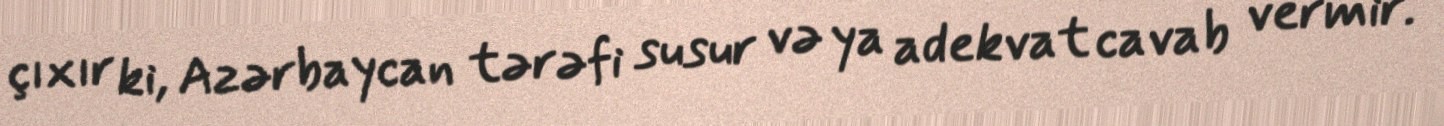
çıxır ki, Azərbaycan tərəfi susur və ya adekvat cavab vermir.